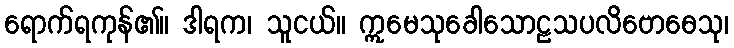
ရောက်ရကုန်၏။ ဒါရက၊ သူငယ်။ ဣမေသုခေါသောဠသပလိဗောဓေသု၊